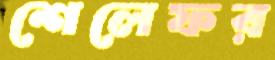
শেলেফর